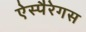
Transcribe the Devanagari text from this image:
ऐस्पैरेगस